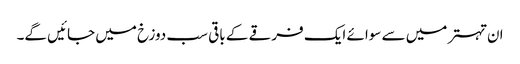
ان تہتر میں سے سوائے ایک فرقے کے باقی سب دوزخ میں جائیں گے۔